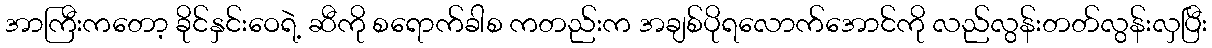
အာကြီးကတော့ ခိုင်နှင်းဝေရဲ့ ဆီကို စရောက်ခါစ ကတည်းက အချစ်ပိုရလောက်အောင်ကို လည်လွန်းတတ်လွန်းလှပြီး